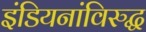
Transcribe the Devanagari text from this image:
इंडियनांविरुद्ध